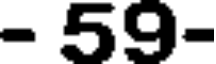
- 59-